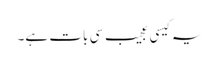
یہ کیسی عجیب سی بات ہے۔